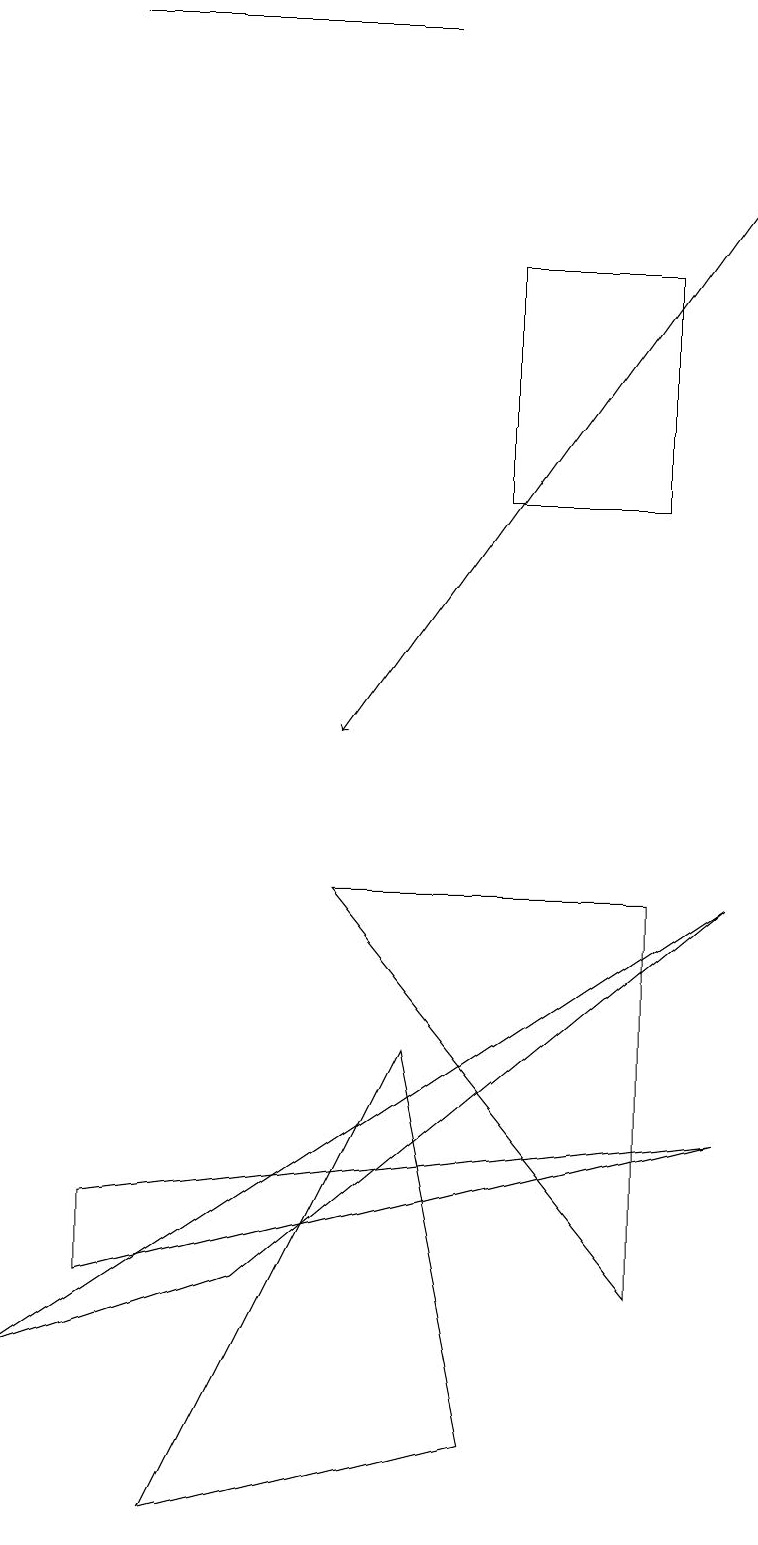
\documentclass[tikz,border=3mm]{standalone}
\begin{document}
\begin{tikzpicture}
\draw (1,4) -- (1,3) -- (9,5) -- cycle;
\draw[->] (9,17) -- (4,10);
\draw (3,3) -- (9,8) -- (0,2) -- cycle;
\draw (8,8) -- (8,3) -- (4,8) -- cycle;
\draw (8,13) rectangle (6,16);
\draw (1,19) rectangle (5,19);
\draw (5,6) -- (2,0) -- (6,1) -- cycle;
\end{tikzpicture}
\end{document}